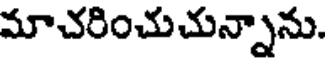
మాచరించుచున్నాను.